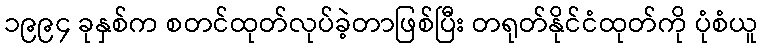
၁၉၉၄ ခုနှစ်က စတင်ထုတ်လုပ်ခဲ့တာဖြစ်ပြီး တရုတ်နိုင်ငံထုတ်ကို ပုံစံယူ